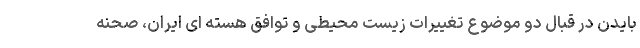
بایدن در قبال دو موضوع تغییرات زیست محیطی و توافق هسته ای ایران، صحنه